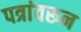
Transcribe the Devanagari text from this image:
पत्रांवरून